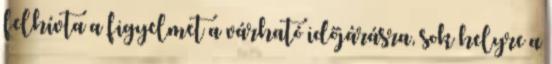
felhívta a figyelmet a várható időjárásra, sok helyre a